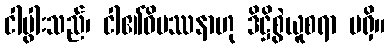
ငါပွါးသည်၊ ငါ၏ဝိပဿနာဟု ဒိဋ္ဌိစွဲယူစရာ မရှိ။